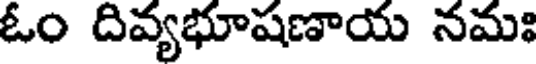
ఓం దివ్యభూషణాయ నమః